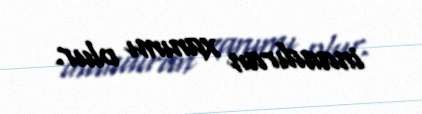
inandıran xanımı olur.